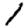
Digit: 1